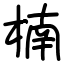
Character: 楠